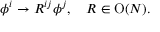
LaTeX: \phi ^ { i } \to R ^ { i j } \phi ^ { j } , \quad R \in \mathrm { O } ( N ) .